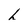
Character: L